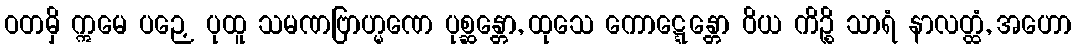
ဝတမှိ ဣမေ ပဉှေ ပုထူ သမဏဗြာဟ္မဏေ ပုစ္ဆန္တော, ထုသေ ကောဋ္ဋေန္တော ဝိယ ကိဉ္စိ သာရံ နာလတ္ထံ, အဟော